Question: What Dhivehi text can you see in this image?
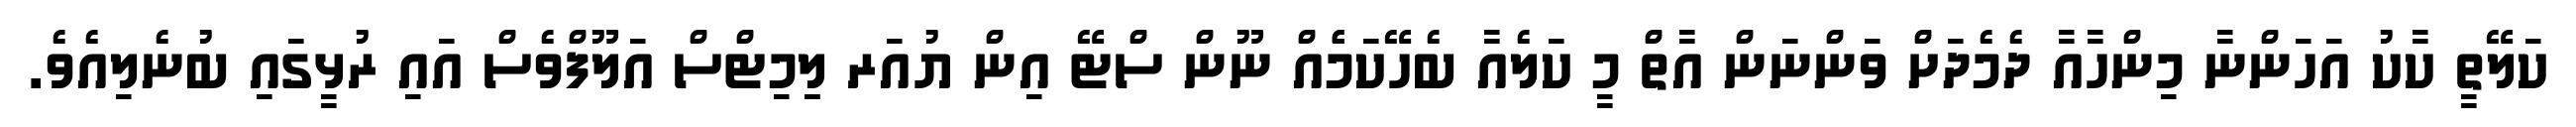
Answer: ކަލޭތީ ކާކު އަހަންނާ މިންހާއާ ދެމެދަށް ވަންނަން އާތް މީ ކަލެއާ ބެހޭކަމެެއް ނޫން ސްޓޭ އިން ޔުއަރ ލިިމިޓްސް އަލޫފްވެސް އައި ރުޅީގައި ބުނެލިއެވެ.